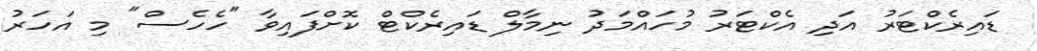
ޑައިރެކްޓަރު އަދި އެކްޓަރު މުހައްމަދު ނިމާލް ޑައިރެކްޓް ކޮށްފައިވާ "ހެހެސް" މި އަހަރު